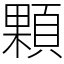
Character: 顆